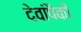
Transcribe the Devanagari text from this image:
देवांपैकीं